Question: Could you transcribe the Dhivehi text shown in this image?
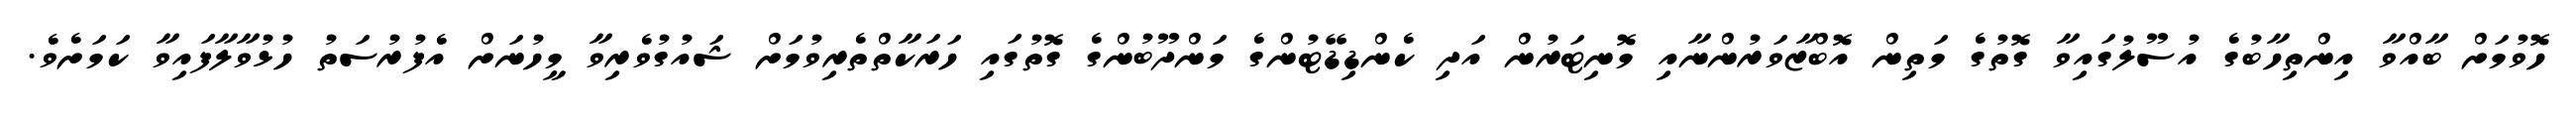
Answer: ހޮވުމަށް ބާއްވާ އިންތިހާބުގެ އުސޫލުގައިވާ ގޮތުގެ މަތިން އޮބްޒާވަރުންނާއި މޮނިޓަރުން އަދި ކެންޑިޑޭޓުންގެ މަންދޫބުންގެ ގޮތުގައި ހަރަކާތްތެރިވުމަށް ޝައުގުވެރިވާ މީހުނަށް އެފުރުސަތު ހުޅުވާލާފައިވާ ކަމަށެވެ.